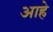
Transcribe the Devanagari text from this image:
आह्रे